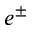
e ^ { \pm }